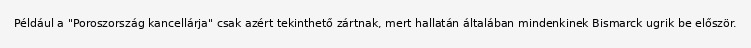
Például a "Poroszország kancellárja" csak azért tekinthető zártnak, mert hallatán általában mindenkinek Bismarck ugrik be először.